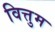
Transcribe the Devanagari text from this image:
वित्तुम